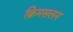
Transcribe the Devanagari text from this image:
क्रिमसलन